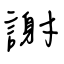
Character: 謝